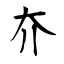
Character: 夰